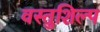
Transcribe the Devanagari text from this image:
वस्तुशिल्प